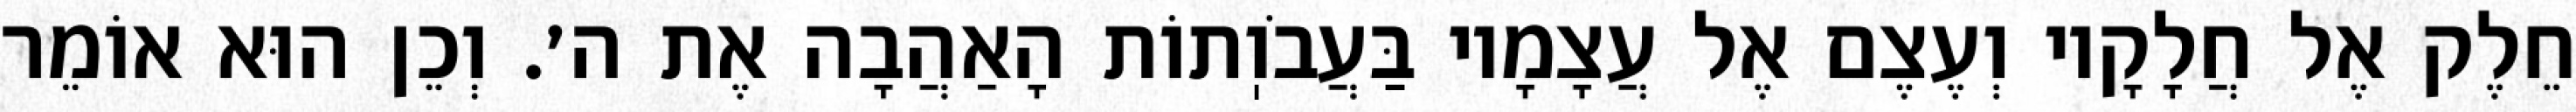
חֵלֶק אֶל חֲלָקָיו וְעֶצֶם אֶל עֲצָמָיו בַּעֲבֹוֽתוֹת הָאַהֲבָה אֶת ה׳. וְכֵן הוּא אוֹמֵר